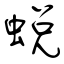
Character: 蛻